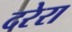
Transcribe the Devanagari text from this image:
दरेरा